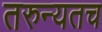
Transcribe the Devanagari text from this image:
तरुन्यतच